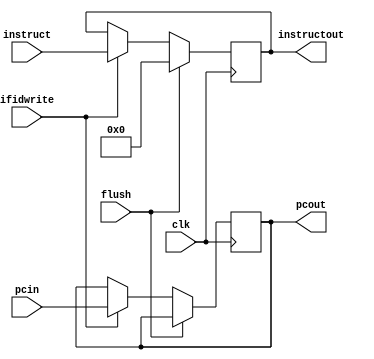
`timescale 1ns / 1ps
//////////////////////////////////////////////////////////////////////////////////
// Company: 
// Engineer: 
// 
// Design Name: 
// Module Name: IF
// Project Name: 
// Target Devices: 
// Tool Versions: 
// Description: 
// 
// Dependencies: 
// 
// Revision:
// Revision 0.01 - File Created
// Additional Comments:
// 
//////////////////////////////////////////////////////////////////////////////////
module IFID(pcin,instruct,pcout,instructout,clk,ifidwrite,flush);
    input [31:0] pcin;
    input [31:0] instruct;
    input ifidwrite,flush;
    input clk;
    output reg [31:0] instructout;
    output reg [31:0] pcout;
    always@ (posedge clk) begin
        if (flush == 1)begin
            pcout = pcout;
            instructout = 32'b0;
        end
        else if(ifidwrite) begin
            pcout = pcin;
            instructout = instruct;
        end
    end
endmodule

module Pcupdate(pcsrc,pc_imm,clk,pcout,pcwrite);
    input pcsrc,clk,pcwrite;
    input [31:0] pc_imm;
    output reg [31:0] pcout;
    initial begin
        pcout = 0;
    end
    always @(posedge clk) begin
        if (pcsrc == 1 && pcwrite) pcout = pc_imm;
        else if (pcwrite) pcout = pcout + 4;
        else pcout = pcout;
    end
    //always @(pcsrc) begin
        //if (pcsrc == 1 && pcwrite) pcout = pc_imm;
    //end
endmodule

module InstructionMem(pc,instruct);
    input [31:0] pc;
    output [31:0] instruct;
    reg [31:0] inmem[78:0];
    initial begin
        $readmemb("instruction.txt",inmem);
    end
    assign instruct = inmem[(pc>>2)];
endmodule